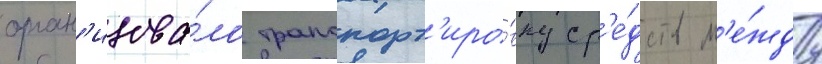
орган'изова́ло транспорт'иро́вку ср'е́дств м'е́жду